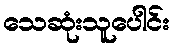
သေဆုံးသူပေါင်း